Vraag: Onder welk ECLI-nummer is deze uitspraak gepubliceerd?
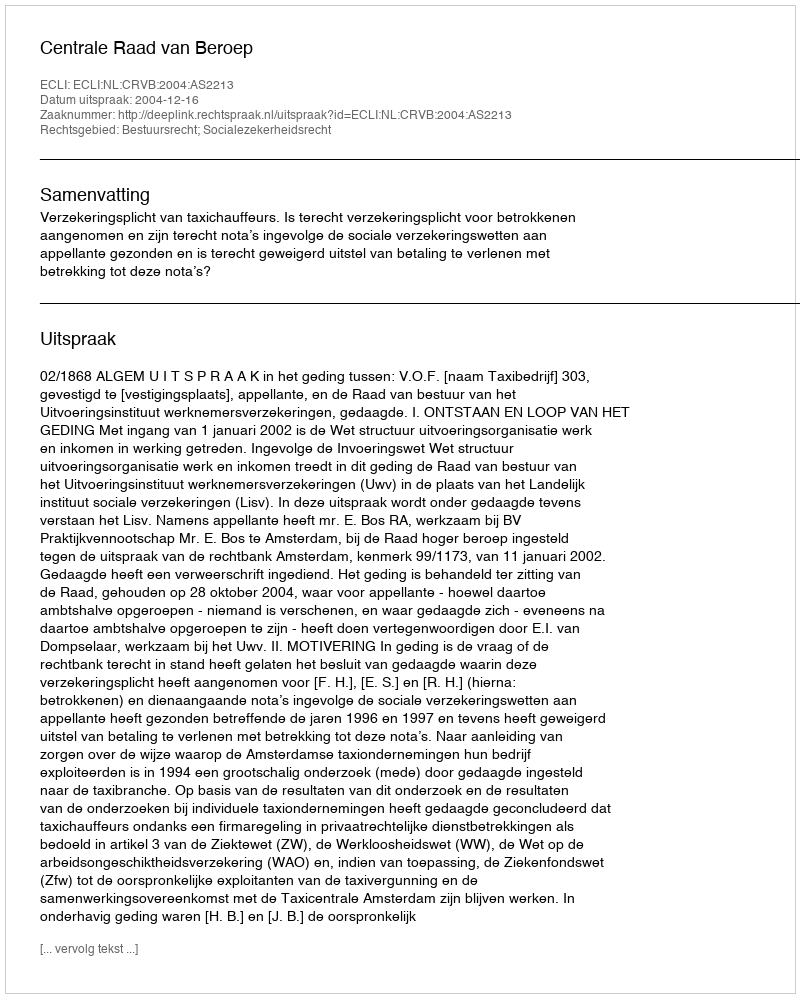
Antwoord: ECLI:NL:CRVB:2004:AS2213